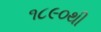
૧૮૯૦થી